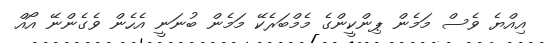
އިއްޔެ ވެސް މަމެން ޕިންކީންގެ މެމްބަރެކޭ މަމެން ބުނަނީ އެހެން ވެގެންނޭ އޯއް